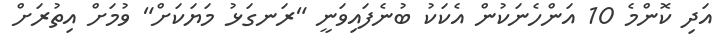
އަދި ކޮންމެ 10 އަންހެނަކުން އެކަކު ބުނެފައިވަނީ "ރަނގަޅު މަޔަކަށް" ވުމަށް އިތުރަށް